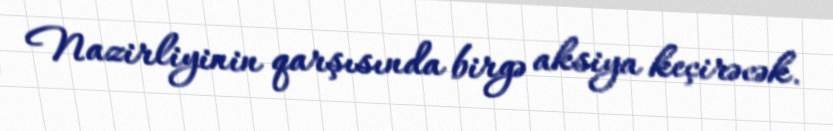
Nazirliyinin qarşısında birgə aksiya keçirəcək.